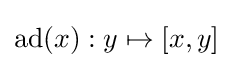
\operatorname {ad} (x):y\mapsto [x,y]